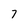
Character: 7